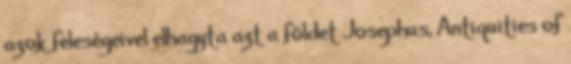
azok feleségeivel elhagyta azt a földet Josephus, Antiquities of